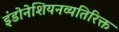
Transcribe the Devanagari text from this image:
इंडोनेशियनव्यतिरिक्त